Lunatic asylums Bombay report 1878-1890 - 1878-1890
Year: 1878
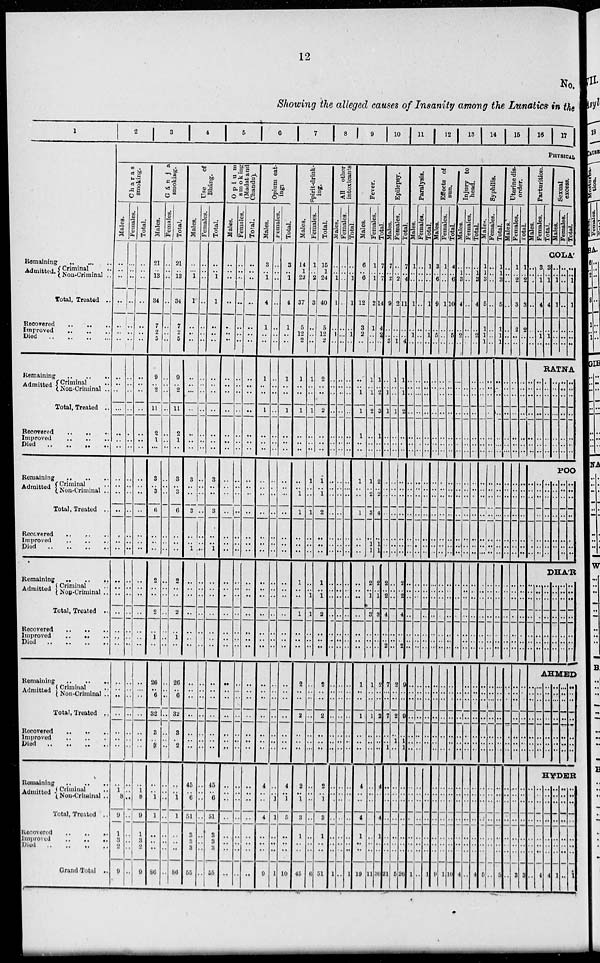
12
No.
Showing the alleged causes of Insanity among the Lunatics in the
1
Remaining
..
..
..
Admitted. Criminal ..
Non-Criminal ..
Total, Treated ..
Recovered
..
..
..
Improved
..
..
..
Died
..
..
..
Remaining
..
..
..
Admitted Criminal ..
Non-Criminal ..
Total, Treated ..
Recovered..
..
..
Improved
..
..
..
Died .. .. ..
Remaining
Admitted. Criminal ..
Non-Criminal ..
Total, Treated ...
Recovered
..
..
..
Improved
..
..
..
Died
..
..
..
Remaining
..
..
..
Admitted Criminal ..
Non-Criminal ..
Total, Treated
..
Recovered
..
..
..
Improved
..
..
..
Died
..
..
..
Remaining
..
..
..
Admitted Criminal ..
Non-Criminal ..
Total, Treated
..
Recovered
..
..
..
Improved
..
..
..
Died
..
..
..
Remaining
..
..
..
Admitted
Criminal..
Non-Criminal ..
Total, Treated
..
Recovered
..
..
..
Improved
..
..
..
Died
..
..
..
Grand Total ..
2
3 4 5
6
7
8
9
10
11
12 13 14 15 16 17
PHYSICAL
Charas
smoking.
Males.
..
.. ..
..
..
..
..
..
..
..
..
..
..
..
..
..
..
..
..
..
..
..
..
..
..
..
..
..
..
..
..
..
..
..
..
..
1
3
9
1
3
2
9
Females.
..
.. ..
..
..
..
..
..
..
..
..
..
..
..
..
..
..
..
..
..
..
..
..
..
..
..
..
..
..
..
..
..
..
..
..
..
..
..
..
..
..
..
..
Total.
..
.. ..
..
..
..
..
..
..
..
..
..
..
..
..
..
..
..
..
..
..
..
..
..
..
..
..
..
..
..
..
..
..
..
..
..
1
3
9
1
3
2
9
Gánja
smoking.
Males.
21
.. 13
34
7
2
5
9
.. 2
11
2
1
..
3
.. 3
6
..
..
..
2
..
..
2
..
1
..
26
.. 6
32
3
.. 2
..
.. 1
1
..
..
..
86
Females.
..
.. ..
..
..
..
..
..
..
..
..
..
..
..
..
..
..
..
..
..
..
..
..
..
..
..
..
..
..
..
..
..
..
..
..
..
..
..
..
..
..
..
..
Total.
21
.. 13
34
7
2 5
9
.. 2
11
2
1
..
3
.. 3
6
..
..
..
2
..
..
2
..
1
..
26
.. 6
32
3
.. 2
..
.. 1
1
..
..
..
86
Use
of
Bháng.
Males.
..
.. 1
1
..
..
..
..
..
..
..
..
..
..
3
..
..
3
..
.. 1
..
..
..
..
..
..
..
..
..
..
..
..
..
..
45
.. 6
51
3
3
3
55
Females.
..
.. ..
..
..
..
..
..
..
..
..
..
..
..
..
..
..
..
..
..
..
..
..
..
..
..
..
..
..
..
..
..
..
..
..
..
..
..
..
..
..
..
..
Total.
..
.. 1
1
..
..
..
..
..
..
..
..
..
..
3
..
..
3
..
.. 1
..
..
..
..
..
..
..
..
..
..
..
..
..
..
45
.. 6
51
3
3
3
55
Opium
smoking
(Madat and
Chandu).
Males.
..
.. ..
..
..
..
..
..
..
..
..
..
..
..
..
..
..
..
..
..
..
..
..
..
..
..
..
..
..
..
..
..
..
..
..
..
..
..
..
..
..
..
..
Females.
..
.. ..
..
..
..
..
..
..
..
..
..
..
..
..
..
..
..
..
..
..
..
..
..
..
..
..
..
..
..
..
..
..
..
..
..
..
..
..
..
..
..
..
Total.
..
.. ..
..
..
..
..
..
..
..
..
..
..
..
..
..
..
..
..
..
..
..
..
..
..
..
..
..
..
..
..
..
..
..
..
..
..
..
..
..
..
..
..
Opium eat-
ing:
Males.
3
.. 1
4
1
..
..
1
..
..
1
..
..
..
..
..
..
..
..
..
..
..
..
..
..
..
..
..
..
..
..
..
..
..
..
4
..
..
4
..
..
..
9
Females.
..
.. ..
..
..
..
..
..
..
..
..
..
..
..
..
..
..
..
..
..
..
..
..
..
..
..
..
..
..
..
..
..
..
..
..
..
.. 1
1
..
..
..
1
Total.
3
.. 1
4
1
..
..
1
..
..
1
..
..
..
..
..
..
..
..
..
..
..
..
..
..
..
..
..
..
..
..
..
..
..
..
4
.. 1
5
..
..
..
10
Spirit-drink-
ing.
Males.
14
1
22
37
5
12
2
1
..
..
1
..
..
..
..
.. 1
1
..
..
..
1
..
..
1
..
..
..
2
..
..
2
..
..
..
2
.. 1
3
1
..
..
45
Females.
1
.. 2
3
..
..
..
1
..
..
1
..
..
..
1
..
..
1
..
..
..
..
.. 1
1
..
..
..
..
..
..
..
..
..
..
..
..
..
..
..
..
..
6
Total.
15
1
24
40
5
12
2
2
..
..
2
..
..
..
1
.. 1
2
..
..
..
1
.. 1
2
..
..
..
2
..
..
2
..
..
..
2
.. 1
3
1
..
..
51
All other
intoxicants
Males.
..
.. 1
1
..
1
..
..
..
..
..
..
..
..
..
..
..
..
..
..
..
..
..
..
..
..
..
..
..
..
..
..
..
..
..
..
..
..
..
..
..
..
1
Females.
..
.. ..
..
..
..
..
..
..
..
..
..
..
..
..
..
..
..
..
..
..
..
..
..
..
..
..
..
..
..
..
..
..
..
..
..
..
..
..
..
..
..
..
Total.
..
.. 1
1
..
1
..
..
..
..
..
..
..
..
..
..
..
..
..
..
..
..
..
..
..
..
..
..
..
..
..
..
..
..
..
..
..
..
..
..
..
..
1
Fever.
Males.
6
.. 6
12
3
2
..
..
.. 1
1
1
..
..
1
..
..
1
..
..
..
..
..
..
..
..
..
..
1
..
..
1
..
..
..
4
..
..
4
1
..
..
19
Females.
1
.. 1
2
1
..
..
1
.. 1
2
..
..
..
1
.. 2
3
..
1
1
2
.. 1
3
..
..
..
1
..
..
1
..
..
..
..
..
..
..
..
..
..
11
Total.
7
..
7
14
4
2
..
1
.. 2
3
1
..
..
2
..
2
4
..
1
1
2
.. 1
3
..
..
..
..
..
..
..
..
..
..
4
..
..
4
1
..
..
30
Epilepsy.
Males.
7
..
2
9
..
.. 3
..
.. 1
1
..
..
..
..
..
..
..
..
..
..
2
.. 2
4
..
.. 2
7
..
..
7
..
..
1
..
..
..
..
..
..
..
21
Females.
..
.. 2
2
..
.. 1
1
..
..
1
..
..
..
..
..
..
..
..
..
..
..
..
..
..
..
..
..
2
..
..
2
..
1
..
..
..
..
..
..
..
..
5
Total.
7
.. 4
11
..
.. 4
1
.. 1
2
..
..
..
..
..
..
..
..
..
..
2
.. 2
4
..
.. 2
9
..
..
9
..
1
1
..
..
..
..
..
..
..
26
Paralysis.
Males.
1
.. ..
1
..
1
..
..
..
..
..
..
..
..
..
..
..
..
..
..
..
..
..
..
..
..
..
..
..
..
..
..
..
.. ..
..
..
..
..
..
..
..
1
Females.
..
.. ..
..
..
..
..
..
..
..
..
..
..
..
..
..
..
..
..
..
..
..
..
..
..
..
..
..
..
..
..
..
..
..
..
..
..
..
..
..
..
..
..
Total.
1
.. ..
1
..
1
..
..
..
..
..
..
..
..
..
..
..
..
..
..
..
..
..
..
..
..
..
..
..
..
..
..
..
..
..
..
..
..
..
..
..
..
1
Effects of
sun.
Males.
3
.. 6
9
..
5
..
..
..
..
..
..
..
..
..
..
..
..
..
..
..
..
..
..
..
..
..
..
..
..
..
..
..
..
..
..
..
..
..
..
..
..
9
Females.
1
.. ..
1
..
..
..
..
..
..
..
..
..
..
..
..
..
..
..
..
..
..
..
..
..
..
..
..
..
..
..
..
..
..
..
..
..
..
..
..
..
..
1
Total.
4
.. 6
10
..
5
..
..
..
..
..
..
..
..
..
..
..
..
..
..
..
..
..
..
..
..
..
..
..
..
..
..
..
..
..
..
..
..
..
..
..
..
10
Injury to
head.
Males.
..
1
3
4
..
2
..
..
..
..
..
..
..
..
..
..
..
..
..
..
..
..
..
..
..
..
..
..
..
..
..
..
..
..
..
..
..
..
..
..
..
..
4
Females.
..
.. ..
..
..
..
..
..
..
..
..
..
..
..
..
..
..
..
..
..
..
..
..
..
..
..
..
..
..
..
..
..
..
..
..
..
..
..
..
..
..
..
..
Total.
..
1
3
4
..
2
..
..
..
..
..
..
..
..
..
..
..
..
..
..
..
..
..
..
..
..
..
..
..
..
..
..
..
..
..
..
..
..
..
..
..
..
4
Syphilis.
Males.
1
1
3
5
1
1
1
..
..
..
..
..
..
..
..
..
..
..
..
..
..
..
..
..
..
..
..
..
..
..
..
..
..
..
..
..
..
..
..
..
..
..
5
Females.
..
.. ..
..
..
..
..
..
..
..
..
..
..
..
..
..
..
..
|..
..
..
..
..
..
..
..
..
..
..
..
..
..
..
..
..
..
..
..
..
..
..
..
..
Total.
1
1
3
5
1
1
1
..
..
..
..
..
..
..
..
..
..
..
..
..
..
..
..
..
..
..
..
..
..
..
..
..
..
..
..
..
..
..
..
..
..
..
5
Uterine dis-
order.
Males.
..
.. ..
..
..
..
..
..
..
..
..
..
..
..
..
..
..
..
..
..
..
..
..
..
..
..
..
..
..
..
..
..
..
..
..
..
..
..
..
..
..
..
..
Females.
1
.. 2
3
2
..
..
..
..
..
..
..
..
..
..
..
..
..
..
..
..
..
..
..
..
..
..
..
..
..
..
..
..
..
..
..
..
..
..
..
..
..
3
Total.
1
.. 2
3
2
..
..
..
..
..
..
..
..
..
..
..
..
..
..
..
..
..
..
..
..
..
..
..
..
..
..
..
..
..
..
..
..
..
..
..
..
..
3
Parturition.
Males.
Females.
Total.
Sexual
excess.
Males.
Females.
Total.
COLA
..
.. ..
..
..
..
..
3
3 1
4
..
1
..
3
3 1
4
..
1
..
..
.. 1
1
..
..
..
..
.. ..
..
..
..
..
..
.. 1
1
..
..
..
RATNA
..
..
..
..
..
..
..
..
..
..
..
..
..
..
..
..
..
..
..
..
..
..
..
..
..
..
..
..
..
..
..
..
..
..
..
..
..
POO
..
..
..
..
..
..
..
..
..
..
..
..
..
..
..
..
..
..
..
..
..
..
..
..
..
..
..
..
..
..
..
..
..
..
..
..
..
DHA'R
..
..
..
..
..
..
..
..
..
..
..
..
..
..
..
..
..
..
..
..
..
..
..
..
..
..
..
..
..
..
..
..
..
..
..
..
..
..
..
..
..
..
AHMED
..
..
..
..
..
..
..
..
..
..
..
..
..
..
..
..
..
..
..
..
..
..
..
..
..
..
..
..
..
..
..
..
..
..
..
..
..
..
..
..
..
..
HYDER
..
..
..
..
..
..
..
4
..
..
..
..
..
..
..
..
..
..
..
..
..
..
..
4
..
..
..
..
..
..
..
1
..
..
..
..
..
..
..
..
..
..
..
..
..
..
..
1